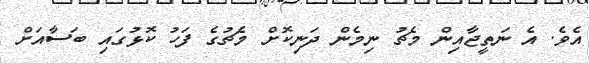
އެވެ. އެ ނަތީޖާއިން މެޗު ނިމެން ދަނިކޮށް މެޗުގެ ފަހު ކޮޅުގައި ބަސާއަށް